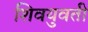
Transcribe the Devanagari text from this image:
शिवयुवती